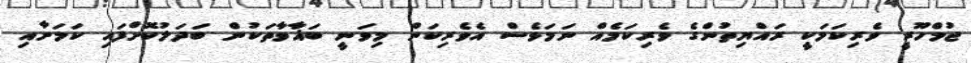
ޖުމްހޫރީ ވެރިކަމަކީ ރައްޔިތުންގެ ވެރިކަމެއް ނަމަވެސް އެވެރިކަން މިވަނީ ބަޣާވާތަކުން ބަދަލުކޮށްފައި ކަމަށާއި